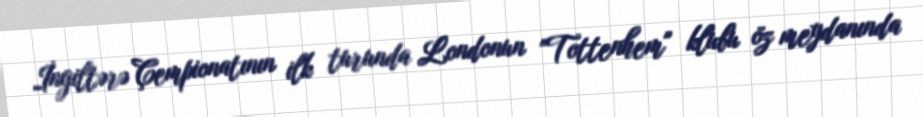
İngiltərə Çempionatının ilk turunda Londonun "Tottenhem" klubu öz meydanında